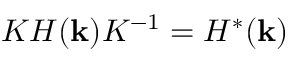
{ \cal K } H ( { \bf k } ) { \cal K } ^ { - 1 } = H ^ { * } ( { \bf k } )